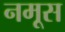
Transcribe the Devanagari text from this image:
नमूस